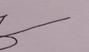
Signature authenticity: forged